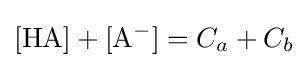
\mathrm {[HA]+[A^{-}]} =C_{a}+C_{b}